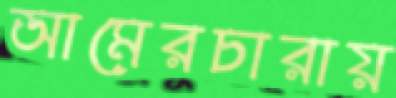
আমেরচারায়